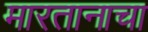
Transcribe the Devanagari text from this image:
मारतानाचा